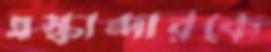
এস্কান্দারকে